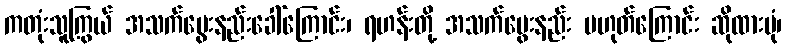
ကတုံးသူကြွယ် အသက်မွေးနည်းခေါ်ကြောင်း၊ ရဟန်းတို့ အသက်မွေးနည်း မဟုတ်ကြောင်း ဆိုထားပုံ၊